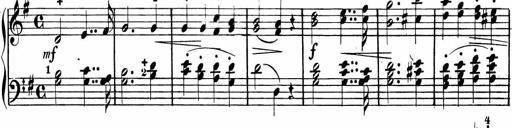
Title: Rosen ohne Dornen
Composer: Gustav Lange